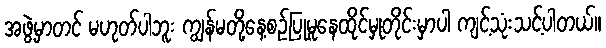
အဖွဲ့မှာတင် မဟုတ်ပါဘူး ကျွန်မတို့နေ့စဉ်ပြုမူနေထိုင်မှုတိုင်းမှာပါ ကျင့်သုံးသင့်ပါတယ်။